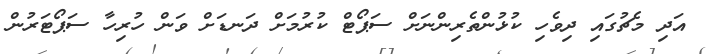
އަދި މެޗުގައި ދިވެހި ކުޅުންތެރިންނަށް ސަޕޯޓް ކުރުމަށް ދަނޑަށް ވަން ހުރިހާ ސަޕޯޓަރުން